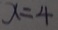
x = 4